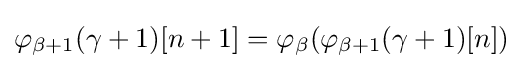
\varphi _{\beta +1}(\gamma +1)[n+1]=\varphi _{\beta }(\varphi _{\beta +1}(\gamma +1)[n])